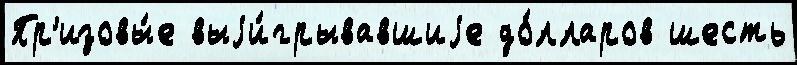
Пр'изовы́е выjи́грывавшиjе до́лларов шесть